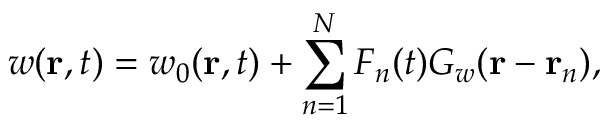
w ( \mathbf { r } , t ) = w _ { 0 } ( \mathbf { r } , t ) + \sum _ { n = 1 } ^ { N } F _ { n } ( t ) G _ { w } ( \mathbf { r } - \mathbf { r } _ { n } ) ,